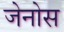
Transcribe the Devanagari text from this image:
जेनोस